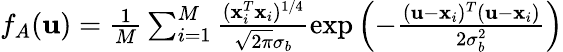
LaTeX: \begin{array}{r}{f_{A}(\mathbf{u})=\frac{1}{M}\sum_{i=1}^{M}\frac{(\mathbf{x}_{i}^{T}\mathbf{x}_{i})^{1/4}}{\sqrt{2\pi}\sigma_{b}}\exp{\left(-\frac{(\mathbf{u}-\mathbf{x}_{i})^{T}(\mathbf{u}-\mathbf{x}_{i})}{2\sigma_{b}^{2}}\right)}}\end{array}